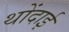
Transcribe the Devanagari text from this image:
थोंदाई